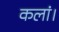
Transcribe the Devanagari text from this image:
कलां।